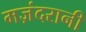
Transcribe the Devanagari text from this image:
मज़ंदरानी